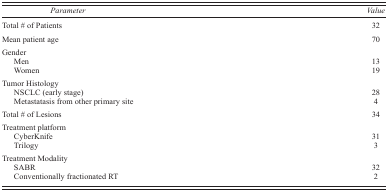
<table><thead><tr><td><b><i>Parameter</i></b></td><td><b><i>Value</i></b></td></tr></thead><tbody><tr><td>Total # of Patients</td><td>32</td></tr><tr><td>Mean patient age</td><td>70</td></tr><tr><td>Gender</td><td></td></tr><tr><td>Men</td><td>13</td></tr><tr><td>Women</td><td>19</td></tr><tr><td>Tumor Histology</td><td></td></tr><tr><td>NSCLC (early stage)</td><td>28</td></tr><tr><td>Metastatasis from other primary site</td><td>4</td></tr><tr><td>Total # of Lesions</td><td>34</td></tr><tr><td>Treatment platform</td><td></td></tr><tr><td>CyberKnife</td><td>31</td></tr><tr><td>Trilogy</td><td>3</td></tr><tr><td>Treatment Modality</td><td></td></tr><tr><td>SABR</td><td>32</td></tr><tr><td>Conventionally fractionated RT</td><td>2</td></tr></tbody></table>